Report of the Imperial Institute of Veterinary Research, Muktesar
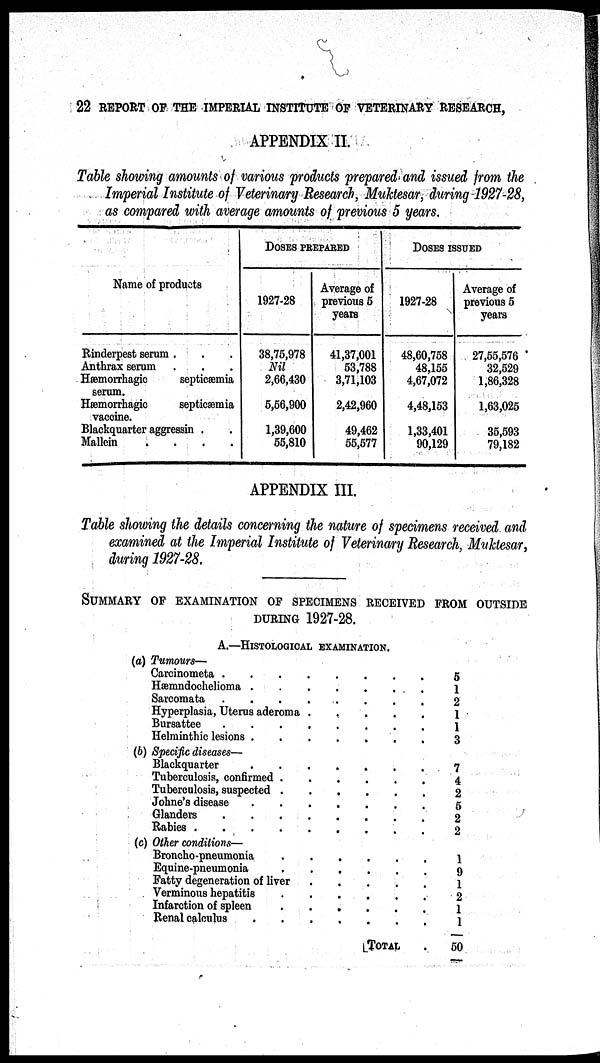
22 REPORT OF THE IMPERIAL INSTITUTE OF VETERINARY RESEARCH,
APPENDIX II.
Table showing amounts of various products prepared and issued from the
Imperial Institute of Veterinary Research, Muktesar, during 1927-28,
as compared with average amounts of previous 5 years.
Name of products
Rinderpest serum . . .
Anthrax serum . . .
Hæmorrhagic
septicæmia
serum.
Hæmorrhagic
septicæmia
vaccine.
Blackquarter aggressin . .
Mallein
.
.
.
.
DOSES PREPARED
1927-28
38,75,978
Nil
2,66,430
5,56,900
1,39,600
55,810
Average of
previous 5
years
41,37,001
53,788
3,71,103
2,42,960
49,462
55,577
DOSES ISSUED
1927-28
48,60,758
48,155
4,67,072
4,48,153
1,33,401
90,129
Average of
previous 5
years
27,55,576
32,529
1,86,328
1,63,025
35,593
79,182
APPENDIX III.
Table showing the details concerning the nature of specimens received and
examined at the Imperial Institute of Veterinary Research, Muktesar,
during 1927-28.
SUMMARY OF EXAMINATION OF SPECIMENS RECEIVED FROM OUTSIDE
DURING 1927-28.
A.—HISTOLOGICAL EXAMINATION.
(a) Tumours—
Carcinometa
.
Hæmndochelioma
Sarcomata
.
.
.
.
.
.
.
Hyperplasia, Uterus aderoma
Bursattee
.
Helminthic lesions
(b) Specific diseases—
Blackquarter
.
.
.
Tuberculosis, confirmed
Tuberculosis, suspected
Johne's disease
Glanders .
Rabies
.
.
(c) Other conditions—
.
.
.
Broncho-pneumonia
Equine-pneumonia
.
.
.
.
.
.
.
.
.
.
Fatty degeneration of liver
Verminous hepatitis
Infarction of spleen
Renal calculus
.
.
.
.
.
.
.
.
.
.
.
.
.
.
.
.
.
.
.
.
.
.
.
.
.
.
.
.
.
.
.
.
.
.
.
.
.
.
.
.
.
.
.
.
.
.
.
.
.
.
.
.
.
.
.
.
.
.
.
.
.
.
.
.
.
.
.
.
.
.
.
.
.
.
.
.
.
.
TOTAL
.
.
.
.
.
.
.
.
.
.
.
.
.
.
.
.
.
.
.
5
1
2
1
1
3
7
4
2
5
2
2
1
9
1
2
1
1
50